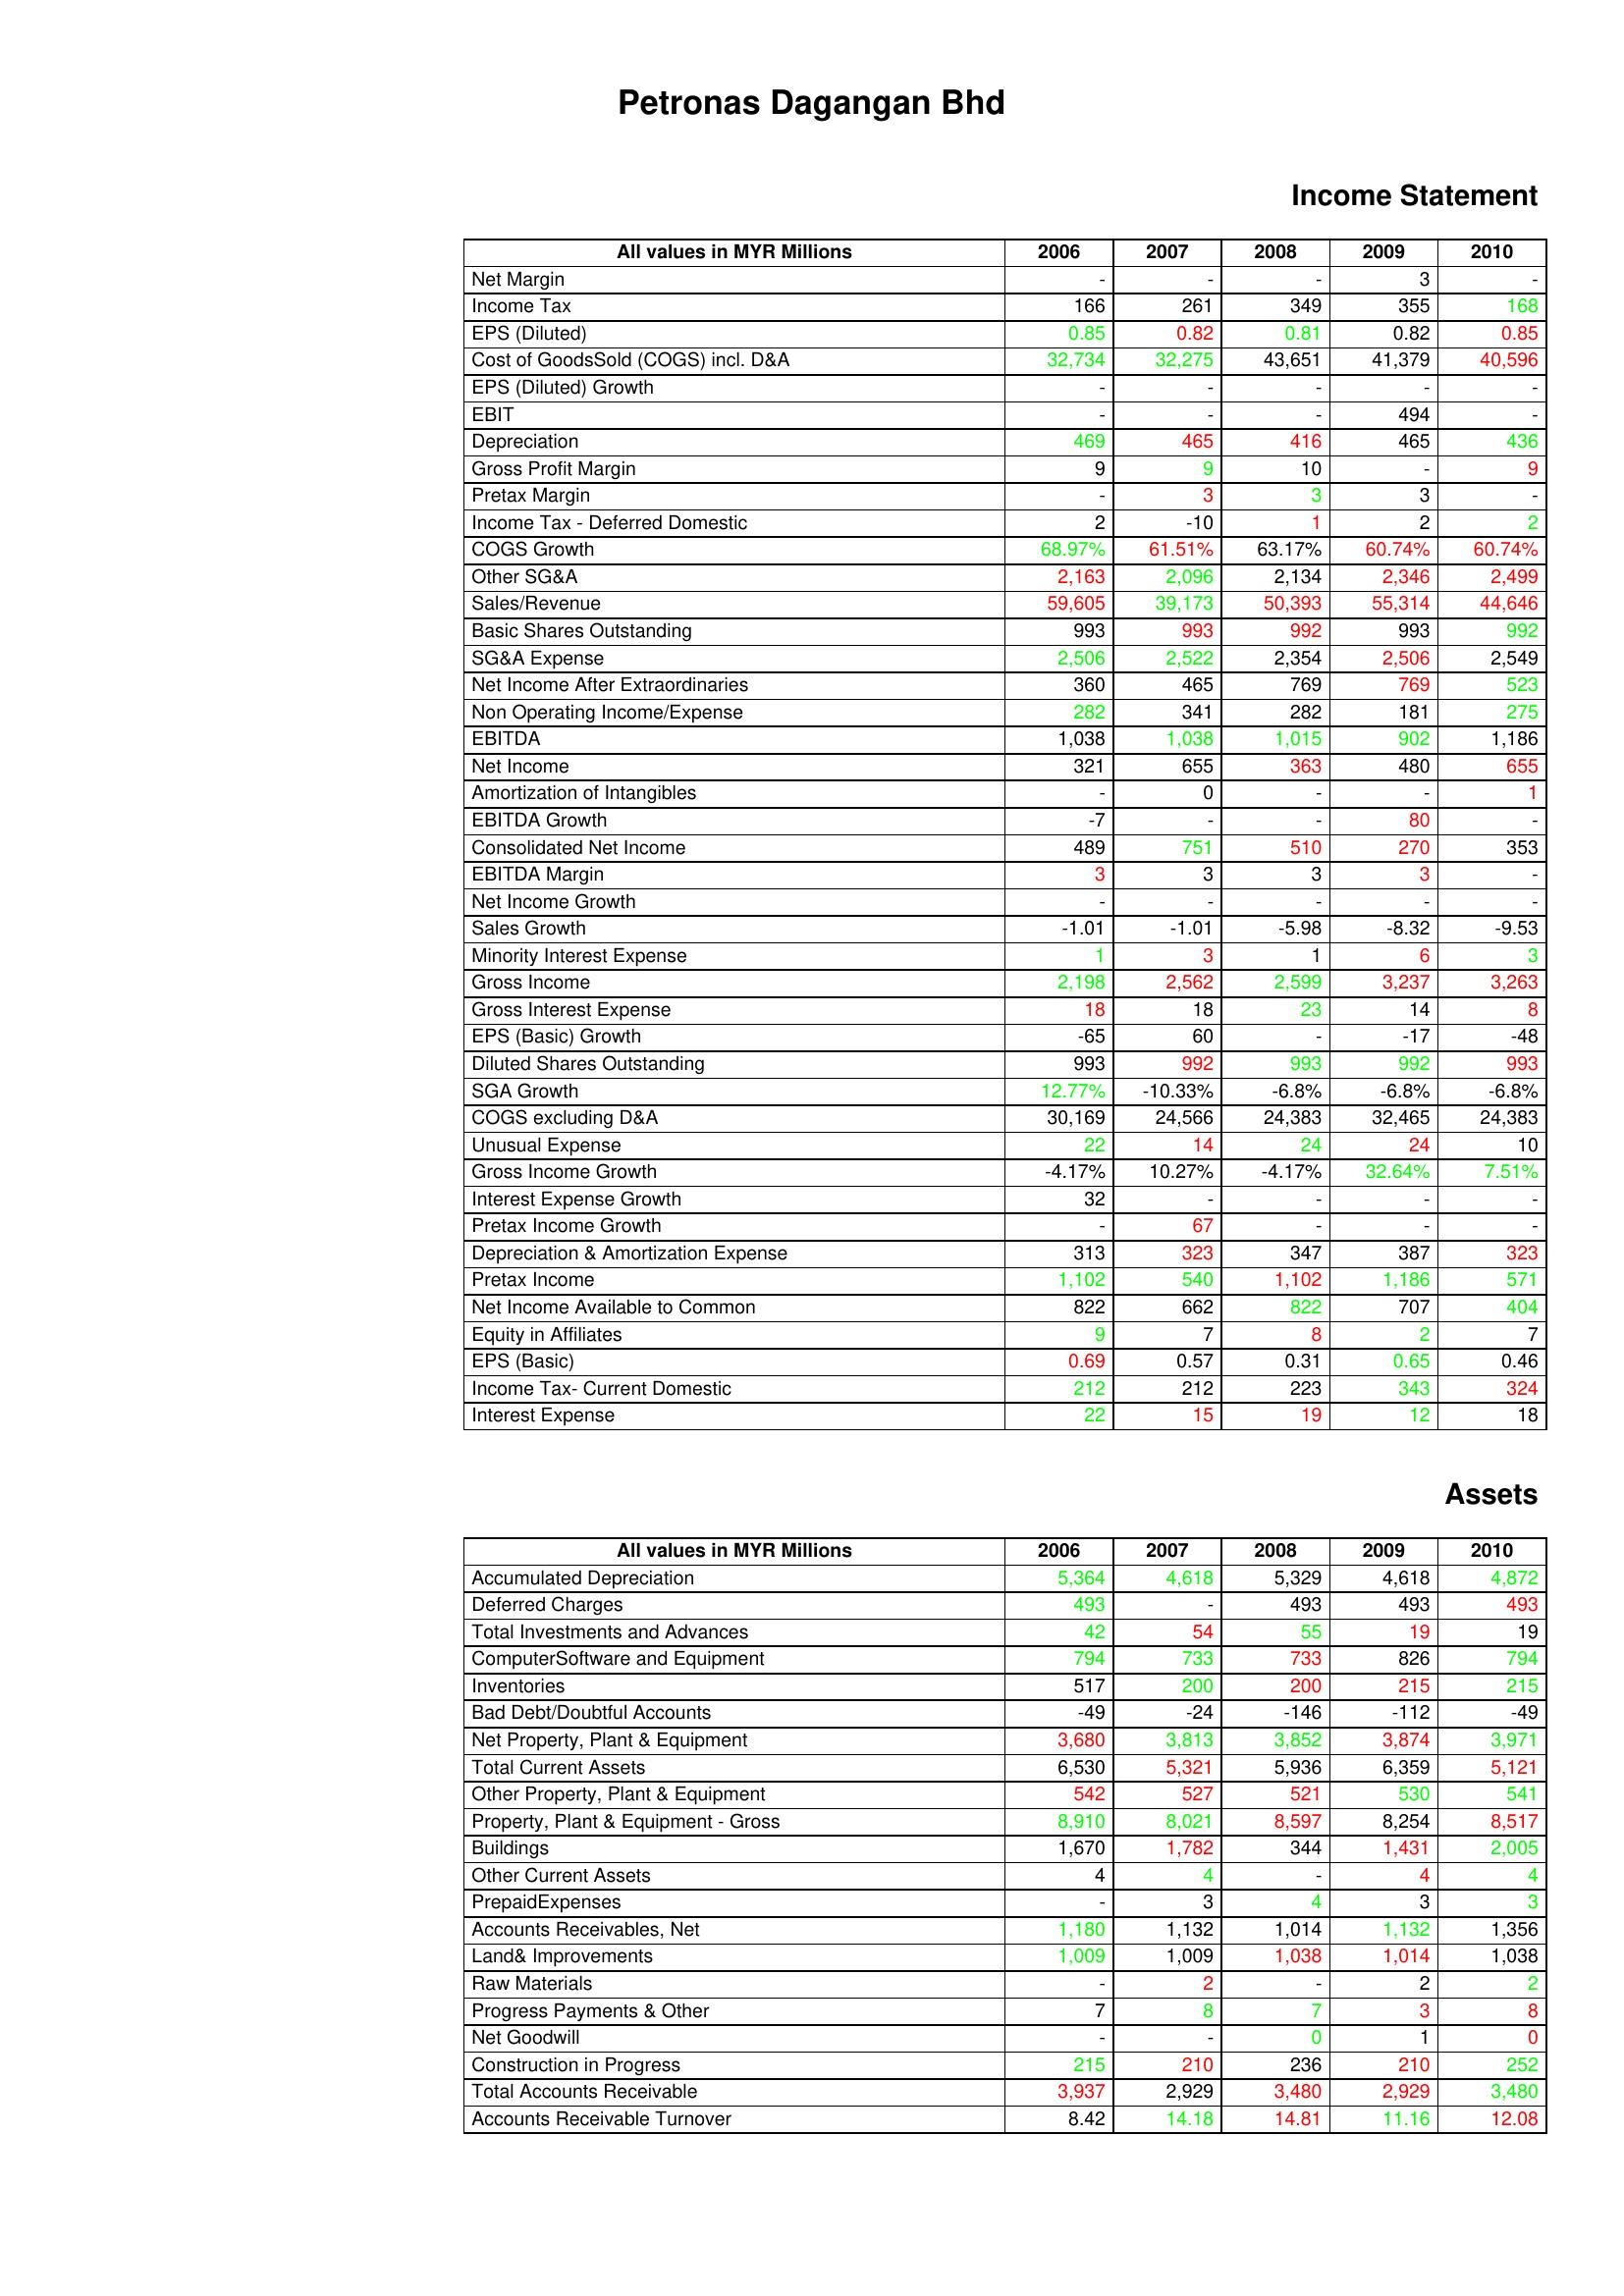
gt_parse: 2006: Income Statement: Net Margin: -
Income Tax: 166
EPS (Diluted): 0.85
Cost of GoodsSold (COGS) incl. D&A: 32,734
EPS (Diluted) Growth: -
EBIT: -
Depreciation: 469
Gross Profit Margin: 9
Pretax Margin: -
Income Tax - Deferred Domestic: 2
COGS Growth: 68.97%
Other SG&A: 2,163
Sales/Revenue: 59,605
Basic Shares Outstanding: 993
SG&A Expense: 2,506
Net Income After Extraordinaries: 360
Non Operating Income/Expense: 282
EBITDA: 1,038
Net Income: 321
Amortization of Intangibles: -
EBITDA Growth: -7
Consolidated Net Income: 489
EBITDA Margin: 3
Net Income Growth: -
Sales Growth: -1.01
Minority Interest Expense: 1
Gross Income: 2,198
Gross Interest Expense: 18
EPS (Basic) Growth: -65
Diluted Shares Outstanding: 993
SGA Growth: 12.77%
COGS excluding D&A: 30,169
Unusual Expense: 22
Gross Income Growth: -4.17%
Interest Expense Growth: 32
Pretax Income Growth: -
Depreciation & Amortization Expense: 313
Pretax Income: 1,102
Net Income Available to Common: 822
Equity in Affiliates: 9
EPS (Basic): 0.69
Income Tax- Current Domestic: 212
Interest Expense: 22
Assets: Accumulated Depreciation: 5,364
Deferred Charges: 493
Total Investments and Advances: 42
ComputerSoftware and Equipment: 794
Inventories: 517
Bad Debt/Doubtful Accounts: -49
Net Property, Plant & Equipment: 3,680
Total Current Assets: 6,530
Other Property, Plant & Equipment: 542
Property, Plant & Equipment - Gross : 8,910
Buildings: 1,670
Other Current Assets: 4
PrepaidExpenses: -
Accounts Receivables, Net: 1,180
Land& Improvements: 1,009
Raw Materials: -
Progress Payments & Other: 7
Net Goodwill: -
Construction in Progress: 215
Total Accounts Receivable: 3,937
Accounts Receivable Turnover: 8.42
2007: Income Statement: Net Margin: -
Income Tax: 261
EPS (Diluted): 0.82
Cost of GoodsSold (COGS) incl. D&A: 32,275
EPS (Diluted) Growth: -
EBIT: -
Depreciation: 465
Gross Profit Margin: 9
Pretax Margin: 3
Income Tax - Deferred Domestic: -10
COGS Growth: 61.51%
Other SG&A: 2,096
Sales/Revenue: 39,173
Basic Shares Outstanding: 993
SG&A Expense: 2,522
Net Income After Extraordinaries: 465
Non Operating Income/Expense: 341
EBITDA: 1,038
Net Income: 655
Amortization of Intangibles: 0
EBITDA Growth: -
Consolidated Net Income: 751
EBITDA Margin: 3
Net Income Growth: -
Sales Growth: -1.01
Minority Interest Expense: 3
Gross Income: 2,562
Gross Interest Expense: 18
EPS (Basic) Growth: 60
Diluted Shares Outstanding: 992
SGA Growth: -10.33%
COGS excluding D&A: 24,566
Unusual Expense: 14
Gross Income Growth: 10.27%
Interest Expense Growth: -
Pretax Income Growth: 67
Depreciation & Amortization Expense: 323
Pretax Income: 540
Net Income Available to Common: 662
Equity in Affiliates: 7
EPS (Basic): 0.57
Income Tax- Current Domestic: 212
Interest Expense: 15
Assets: Accumulated Depreciation: 4,618
Deferred Charges: -
Total Investments and Advances: 54
ComputerSoftware and Equipment: 733
Inventories: 200
Bad Debt/Doubtful Accounts: -24
Net Property, Plant & Equipment: 3,813
Total Current Assets: 5,321
Other Property, Plant & Equipment: 527
Property, Plant & Equipment - Gross : 8,021
Buildings: 1,782
Other Current Assets: 4
PrepaidExpenses: 3
Accounts Receivables, Net: 1,132
Land& Improvements: 1,009
Raw Materials: 2
Progress Payments & Other: 8
Net Goodwill: -
Construction in Progress: 210
Total Accounts Receivable: 2,929
Accounts Receivable Turnover: 14.18
2008: Income Statement: Net Margin: -
Income Tax: 349
EPS (Diluted): 0.81
Cost of GoodsSold (COGS) incl. D&A: 43,651
EPS (Diluted) Growth: -
EBIT: -
Depreciation: 416
Gross Profit Margin: 10
Pretax Margin: 3
Income Tax - Deferred Domestic: 1
COGS Growth: 63.17%
Other SG&A: 2,134
Sales/Revenue: 50,393
Basic Shares Outstanding: 992
SG&A Expense: 2,354
Net Income After Extraordinaries: 769
Non Operating Income/Expense: 282
EBITDA: 1,015
Net Income: 363
Amortization of Intangibles: -
EBITDA Growth: -
Consolidated Net Income: 510
EBITDA Margin: 3
Net Income Growth: -
Sales Growth: -5.98
Minority Interest Expense: 1
Gross Income: 2,599
Gross Interest Expense: 23
EPS (Basic) Growth: -
Diluted Shares Outstanding: 993
SGA Growth: -6.8%
COGS excluding D&A: 24,383
Unusual Expense: 24
Gross Income Growth: -4.17%
Interest Expense Growth: -
Pretax Income Growth: -
Depreciation & Amortization Expense: 347
Pretax Income: 1,102
Net Income Available to Common: 822
Equity in Affiliates: 8
EPS (Basic): 0.31
Income Tax- Current Domestic: 223
Interest Expense: 19
Assets: Accumulated Depreciation: 5,329
Deferred Charges: 493
Total Investments and Advances: 55
ComputerSoftware and Equipment: 733
Inventories: 200
Bad Debt/Doubtful Accounts: -146
Net Property, Plant & Equipment: 3,852
Total Current Assets: 5,936
Other Property, Plant & Equipment: 521
Property, Plant & Equipment - Gross : 8,597
Buildings: 344
Other Current Assets: -
PrepaidExpenses: 4
Accounts Receivables, Net: 1,014
Land& Improvements: 1,038
Raw Materials: -
Progress Payments & Other: 7
Net Goodwill: 0
Construction in Progress: 236
Total Accounts Receivable: 3,480
Accounts Receivable Turnover: 14.81
2009: Income Statement: Net Margin: 3
Income Tax: 355
EPS (Diluted): 0.82
Cost of GoodsSold (COGS) incl. D&A: 41,379
EPS (Diluted) Growth: -
EBIT: 494
Depreciation: 465
Gross Profit Margin: -
Pretax Margin: 3
Income Tax - Deferred Domestic: 2
COGS Growth: 60.74%
Other SG&A: 2,346
Sales/Revenue: 55,314
Basic Shares Outstanding: 993
SG&A Expense: 2,506
Net Income After Extraordinaries: 769
Non Operating Income/Expense: 181
EBITDA: 902
Net Income: 480
Amortization of Intangibles: -
EBITDA Growth: 80
Consolidated Net Income: 270
EBITDA Margin: 3
Net Income Growth: -
Sales Growth: -8.32
Minority Interest Expense: 6
Gross Income: 3,237
Gross Interest Expense: 14
EPS (Basic) Growth: -17
Diluted Shares Outstanding: 992
SGA Growth: -6.8%
COGS excluding D&A: 32,465
Unusual Expense: 24
Gross Income Growth: 32.64%
Interest Expense Growth: -
Pretax Income Growth: -
Depreciation & Amortization Expense: 387
Pretax Income: 1,186
Net Income Available to Common: 707
Equity in Affiliates: 2
EPS (Basic): 0.65
Income Tax- Current Domestic: 343
Interest Expense: 12
Assets: Accumulated Depreciation: 4,618
Deferred Charges: 493
Total Investments and Advances: 19
ComputerSoftware and Equipment: 826
Inventories: 215
Bad Debt/Doubtful Accounts: -112
Net Property, Plant & Equipment: 3,874
Total Current Assets: 6,359
Other Property, Plant & Equipment: 530
Property, Plant & Equipment - Gross : 8,254
Buildings: 1,431
Other Current Assets: 4
PrepaidExpenses: 3
Accounts Receivables, Net: 1,132
Land& Improvements: 1,014
Raw Materials: 2
Progress Payments & Other: 3
Net Goodwill: 1
Construction in Progress: 210
Total Accounts Receivable: 2,929
Accounts Receivable Turnover: 11.16
2010: Income Statement: Net Margin: -
Income Tax: 168
EPS (Diluted): 0.85
Cost of GoodsSold (COGS) incl. D&A: 40,596
EPS (Diluted) Growth: -
EBIT: -
Depreciation: 436
Gross Profit Margin: 9
Pretax Margin: -
Income Tax - Deferred Domestic: 2
COGS Growth: 60.74%
Other SG&A: 2,499
Sales/Revenue: 44,646
Basic Shares Outstanding: 992
SG&A Expense: 2,549
Net Income After Extraordinaries: 523
Non Operating Income/Expense: 275
EBITDA: 1,186
Net Income: 655
Amortization of Intangibles: 1
EBITDA Growth: -
Consolidated Net Income: 353
EBITDA Margin: -
Net Income Growth: -
Sales Growth: -9.53
Minority Interest Expense: 3
Gross Income: 3,263
Gross Interest Expense: 8
EPS (Basic) Growth: -48
Diluted Shares Outstanding: 993
SGA Growth: -6.8%
COGS excluding D&A: 24,383
Unusual Expense: 10
Gross Income Growth: 7.51%
Interest Expense Growth: -
Pretax Income Growth: -
Depreciation & Amortization Expense: 323
Pretax Income: 571
Net Income Available to Common: 404
Equity in Affiliates: 7
EPS (Basic): 0.46
Income Tax- Current Domestic: 324
Interest Expense: 18
Assets: Accumulated Depreciation: 4,872
Deferred Charges: 493
Total Investments and Advances: 19
ComputerSoftware and Equipment: 794
Inventories: 215
Bad Debt/Doubtful Accounts: -49
Net Property, Plant & Equipment: 3,971
Total Current Assets: 5,121
Other Property, Plant & Equipment: 541
Property, Plant & Equipment - Gross : 8,517
Buildings: 2,005
Other Current Assets: 4
PrepaidExpenses: 3
Accounts Receivables, Net: 1,356
Land& Improvements: 1,038
Raw Materials: 2
Progress Payments & Other: 8
Net Goodwill: 0
Construction in Progress: 252
Total Accounts Receivable: 3,480
Accounts Receivable Turnover: 12.08